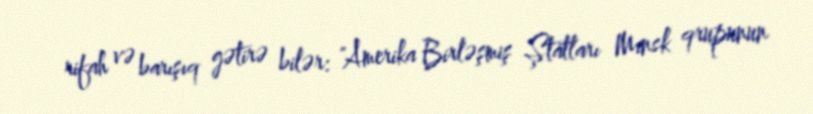
rifah və barışıq gətirə bilər: "Amerika Birləşmiş Ştatları Minsk qrupunun